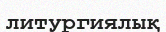
литургиялық